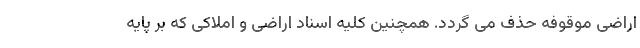
اراضی موقوفه حذف می گردد. همچنین کلیه اسناد اراضی و املاکی که بر پایه